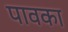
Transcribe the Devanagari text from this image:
पावका